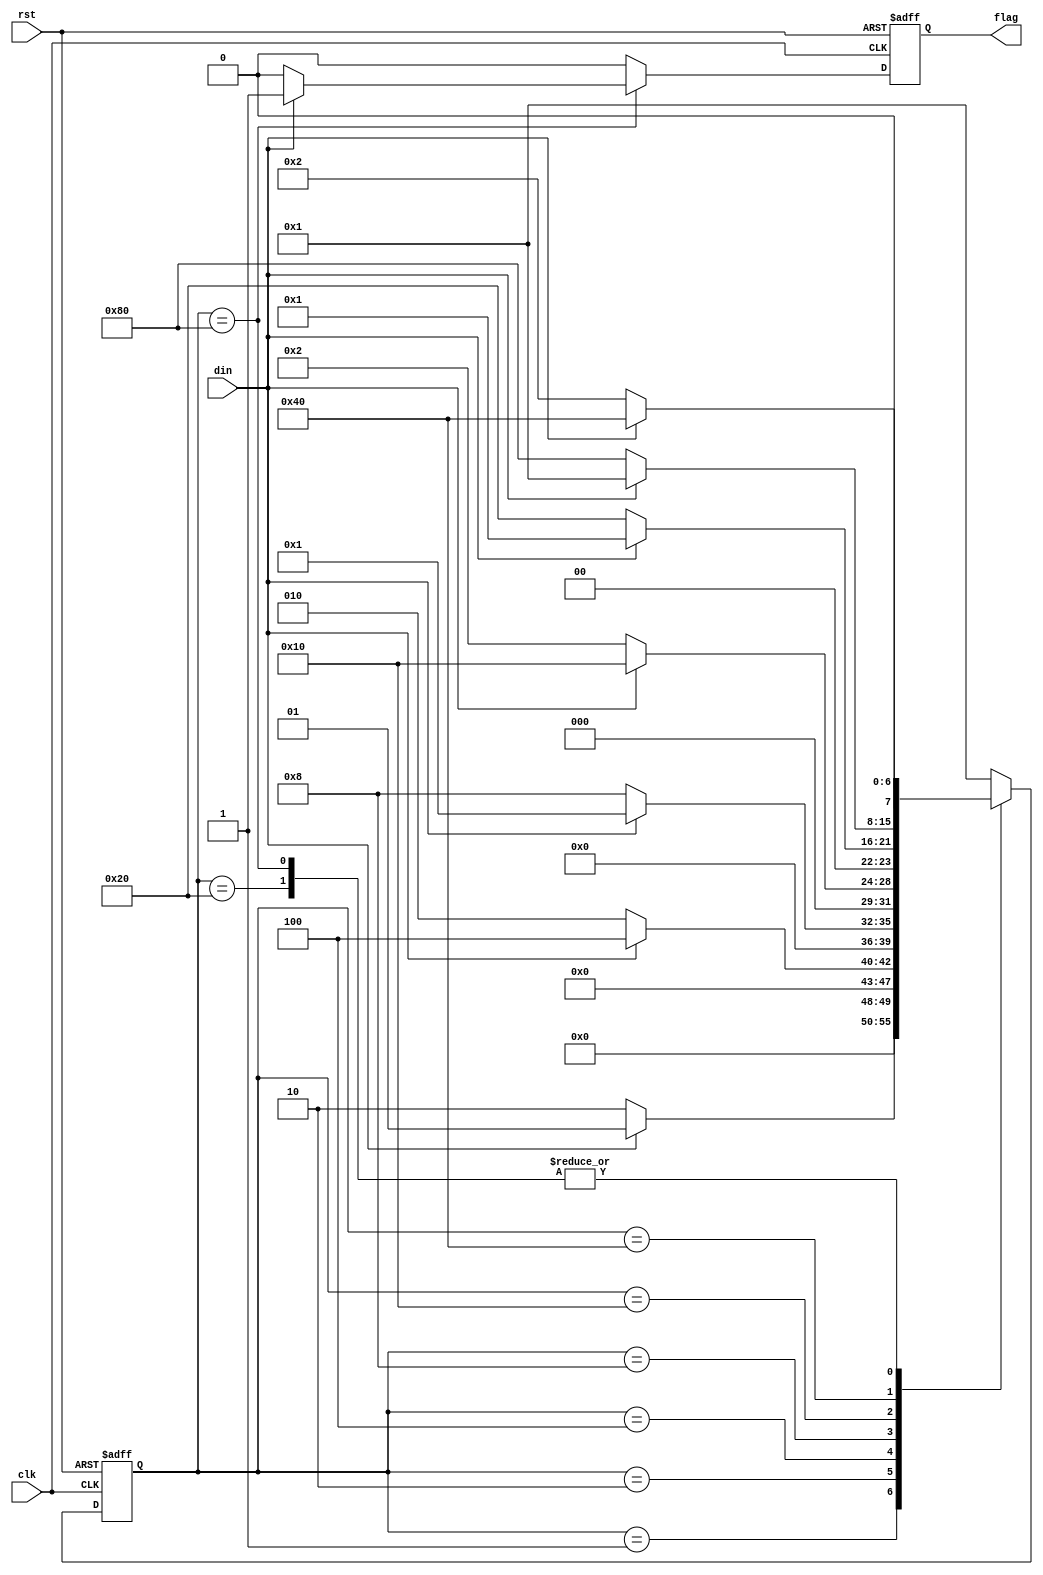

`timescale 1 ns / 1 ns

module mealy(flag, clk, din, rst);
  output reg flag;
  input clk, din, rst;
  
  parameter IDLE = 8'b0000_0001, A = 8'b0000_0010, B = 8'b0000_0100,
               C = 8'b0000_1000, D = 8'b0001_0000, E = 8'b0010_0000,
               F = 8'b0100_0000, G = 8'b1000_0000;
  reg [7:0] state;
  
  always @ (posedge clk, posedge rst)
  begin
    if(rst)begin state <= IDLE; flag <= 1'b0; end
    else
      case(state)
        IDLE: if(din)begin state <= IDLE; flag <= 1'b0; end
              else begin state <= A; flag <= 1'b0; end
        A:    if(din)begin state <= B; flag <= 1'b0; end
              else begin state <= A; flag <= 1'b0; end
        B:    if(din)begin state <= IDLE; flag <= 1'b0; end
              else begin state <= C; flag <= 1'b0; end
        C:    if(din)begin state <= D; flag <= 1'b0; end
              else begin state <= A; flag <= 1'b0; end
        D:    if(din)begin state <= IDLE; flag <= 1'b0; end
              else begin state <= E; flag <= 1'b0; end
        E:    if(din)begin state <= F; flag <= 1'b0; end
              else begin state <= A; flag <= 1'b0; end
        F:    if(din)begin state <= IDLE; flag <= 1'b0; end
              else begin state <= G; flag <= 1'b0; end
        G:    if(din)begin state <= F; flag <= 1'b1;end
              else begin state <= A; flag <= 1'b0;end
        default:begin state <= IDLE; flag <= 1'b0; end
      endcase
  end
endmodule